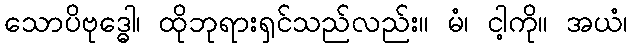
သောပိဗုဒ္ဓေါ၊ ထိုဘုရားရှင်သည်လည်း။ မံ၊ ငါ့ကို။ အယံ၊